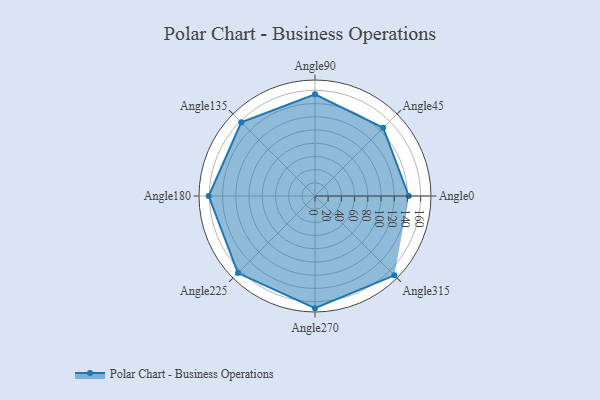
{"axis": {"x": "Angle", "y": "Radius"}, "legend": [""], "data": [{"x": "Angle0", "y": 142.0, "type": ""}, {"x": "Angle45", "y": 146.0, "type": ""}, {"x": "Angle90", "y": 154.0, "type": ""}, {"x": "Angle135", "y": 158.0, "type": ""}, {"x": "Angle180", "y": 161.0, "type": ""}, {"x": "Angle225", "y": 165.0, "type": ""}, {"x": "Angle270", "y": 170, "type": ""}, {"x": "Angle315", "y": 170, "type": ""}]}